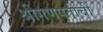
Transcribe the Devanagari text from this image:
श्रीगणपतीची